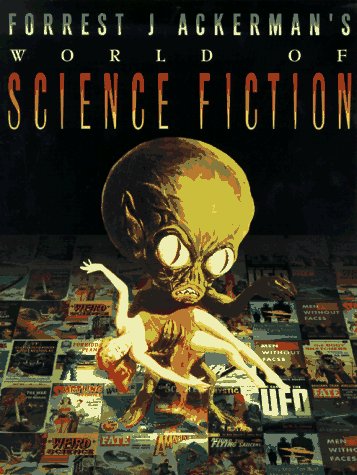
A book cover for Forrest J Ackerman's World of Science Fiction; Forrest J. Ackerman; Science Fiction & Fantasy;